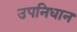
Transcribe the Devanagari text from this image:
उपनिधान